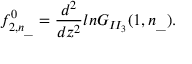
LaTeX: f _ { 2 , n _ { \_ } } ^ { 0 } = \frac { d ^ { 2 } } { d z ^ { 2 } } l n G _ { I I _ { 3 } } ( 1 , n _ { \_ } ) .